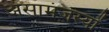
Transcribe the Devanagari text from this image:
असामंजस्यों